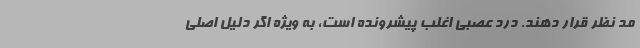
مد نظر قرار دهند. درد عصبی اغلب پیشرونده است، به ویژه اگر دلیل اصلی